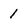
Character: 1